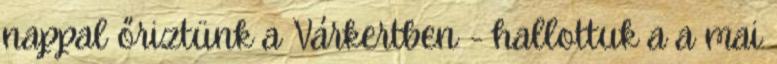
nappal őriztünk a Várkertben - hallottuk a a mai